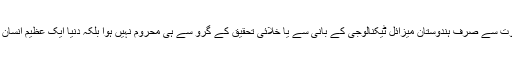
ڈاکٹر صاحب کی موت سے صرف ہندوستان میزائل ٹیکنالوجی کے بانی سے یا خلائی تحقیق کے گرو سے ہی محروم نہیں ہوا بلکہ دنیا ایک عظیم انسان سے محروم ہو گئی۔